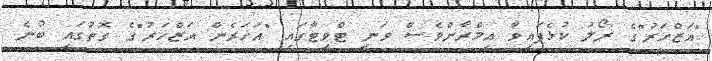
"އަޒްހަރު"ގެ ރޯލު ކުޅެފައިވާ އިމްރާންވެސް ވަނީ ޓްވީޓާގައި "އަހަރެން އަޒްހަރު"ގެ ގޮތުގައި ބުނެ